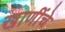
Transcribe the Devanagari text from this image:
खाणींचे